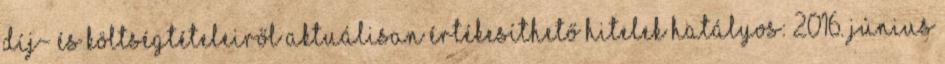
DÍJ- ÉS KÖLTSÉGTÉTELEIRŐL AKTUÁLISAN ÉRTÉKESÍTHETŐ HITELEK Hatályos: 2016. június